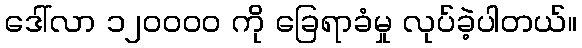
ဒေါ်လာ ၁၂၀၀၀၀ ကို ခြေရာခံမှု လုပ်ခဲ့ပါတယ်။